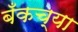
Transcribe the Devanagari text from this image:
बँकच्या